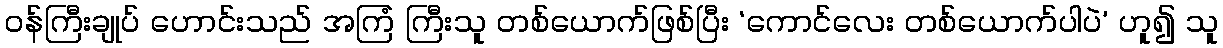
ဝန်ကြီးချုပ် ဟောင်းသည် အကြံ ကြီးသူ တစ်ယောက်ဖြစ်ပြီး ‘ကောင်လေး တစ်ယောက်ပါပဲ’ ဟူ၍ သူ